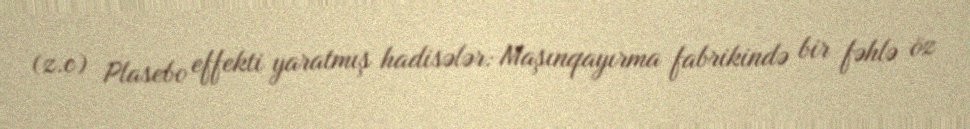
(z.c) Plasebo effekti yaratmış hadisələr: Maşınqayırma fabrikində bir fəhlə öz